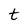
Character: t